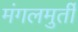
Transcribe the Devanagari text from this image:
मंगलमुर्ती